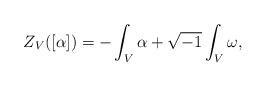
LaTeX: \begin{align*}Z_{V}([\alpha]) = -\int_{V}\alpha+\sqrt{-1}\int_{V}\omega,\end{align*}